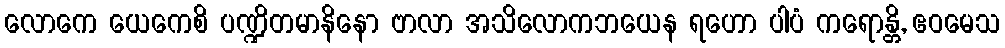
လောကေ ယေကေစိ ပဏ္ဍိတမာနိနော ဗာလာ အသိလောကဘယေန ရဟော ပါပံ ကရောန္တိ, ဧဝမေသ